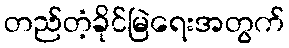
တည်တံ့ခိုင်မြဲရေးအတွက်